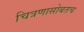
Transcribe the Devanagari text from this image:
चित्रणासोबतच